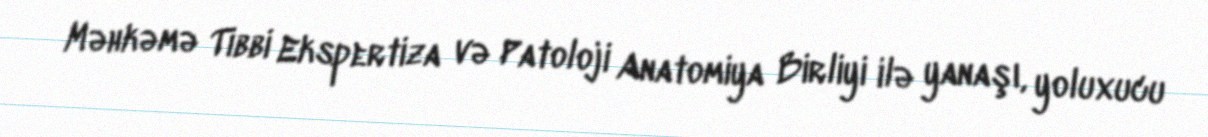
Məhkəmə Tibbi Ekspertiza və Patoloji Anatomiya Birliyi ilə yanaşı, yoluxucu